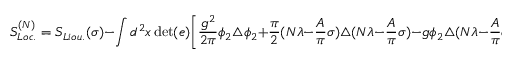
S _ { L o c . } ^ { ( N ) } = S _ { L i o u . } ( \sigma ) - \int d ^ { 2 } x \operatorname * { d e t } ( e ) \Biggl [ { \frac { g ^ { 2 } } { 2 \pi } } \phi _ { 2 } \triangle \phi _ { 2 } + { \frac { \pi } { 2 } } ( N \lambda - { \frac { A } { \pi } } \sigma ) \triangle ( N \lambda - { \frac { A } { \pi } } \sigma ) - g \phi _ { 2 } \triangle ( N \lambda - { \frac { A } { \pi } } \sigma ) \Biggr ] .